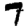
Digit: 7